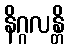
နိဂ္ဂလန္တိ